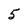
Character: 5